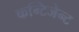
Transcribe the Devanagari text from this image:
कन्टिजेन्ट